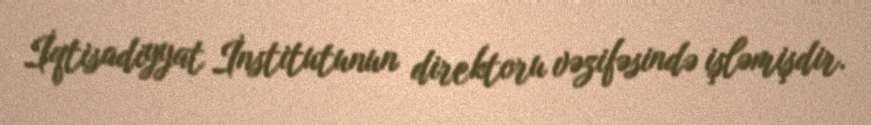
İqtisadiyyat İnstitutunun direktoru vəzifəsində işləmişdir.